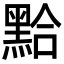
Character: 𪑇